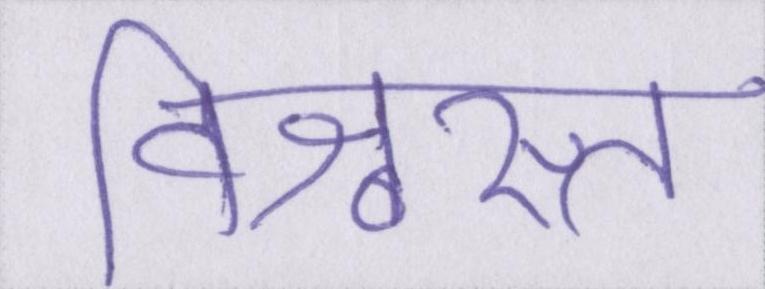
विश्वस्त